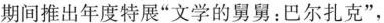
期间推出年度特展”文学的舅舅：巴尔扎克”，